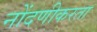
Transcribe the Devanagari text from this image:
नोंदणीकरता